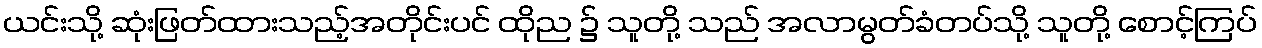
ယင်းသို့ ဆုံးဖြတ်ထားသည့်အတိုင်းပင် ထိုည ၌ သူတို့ သည် အလာမွတ်ခံတပ်သို့ သူတို့ စောင့်ကြပ်